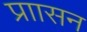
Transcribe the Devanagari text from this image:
प्राासन